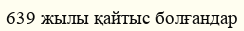
639 жылы қайтыс болғандар